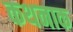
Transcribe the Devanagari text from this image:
कथनाक